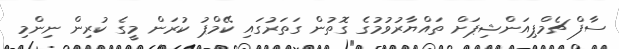
ސާފް ޗެމްޕިއަންޝިޕަށް ތައްޔާރުވުމުގެ ގޮތުން ގަތަރުގައި ކޭމްޕު ކުރަން މީގެ ކުރިން ނިންމި